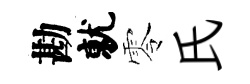
勘就零氏